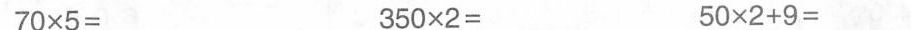
70\times5= 350\times2= 50\times2+9=